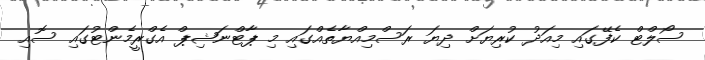
ސޯލްޓް ކެފޭގައި މިއަދު ކުރިޔަށް ދިޔަ ރަސްމިއްޔާތެއްގައި މި ޕާޓްނަޝިޕް އެގްރީމެންޓުގައި ސޮއި